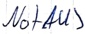
Text: NotAUS